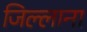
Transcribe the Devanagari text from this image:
जिल्लाना